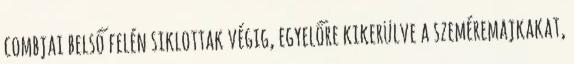
combjai belső felén siklottak végig, egyelőre kikerülve a szeméremajkakat,